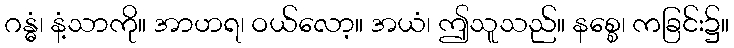
ဂန္ဓံ၊ နံ့သာကို။ အာဟရ၊ ဝယ်လော့။ အယံ၊ ဤသူသည်။ နစ္စေ၊ ကခြင်း၌။